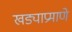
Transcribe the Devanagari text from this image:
खड्याप्रमाणे